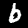
Digit: 6